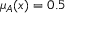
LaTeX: \mu _ { A } ( x ) = 0 . 5